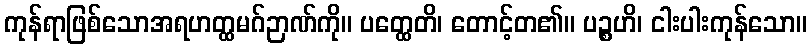
ကုန်ရာဖြစ်သောအရဟတ္ထမဂ်ဉာဏ်ကို။ ပတ္ထေတိ၊ တောင့်တ၏။ ပဉ္စဟိ၊ ငါးပါးကုန်သော။